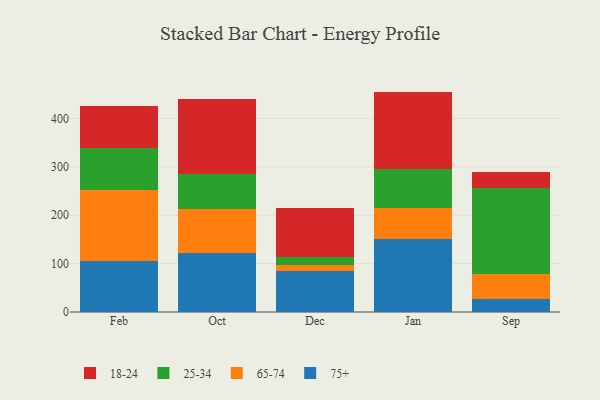
{"axis": {"x": "Month", "y": "Conversion Rate (%)"}, "legend": ["18-24", "25-34", "65-74", "75+"], "data": [{"x": "Feb", "y": 105.8, "type": "75+"}, {"x": "Feb", "y": 147.0, "type": "65-74"}, {"x": "Feb", "y": 85.3, "type": "25-34"}, {"x": "Feb", "y": 88.5, "type": "18-24"}, {"x": "Oct", "y": 121.4, "type": "75+"}, {"x": "Oct", "y": 90.7, "type": "65-74"}, {"x": "Oct", "y": 72.4, "type": "25-34"}, {"x": "Oct", "y": 155.0, "type": "18-24"}, {"x": "Dec", "y": 84.5, "type": "75+"}, {"x": "Dec", "y": 12.1, "type": "65-74"}, {"x": "Dec", "y": 16.8, "type": "25-34"}, {"x": "Dec", "y": 101.6, "type": "18-24"}, {"x": "Jan", "y": 150.5, "type": "75+"}, {"x": "Jan", "y": 64.5, "type": "65-74"}, {"x": "Jan", "y": 80.0, "type": "25-34"}, {"x": "Jan", "y": 160.7, "type": "18-24"}, {"x": "Sep", "y": 26.5, "type": "75+"}, {"x": "Sep", "y": 52.1, "type": "65-74"}, {"x": "Sep", "y": 178.2, "type": "25-34"}, {"x": "Sep", "y": 32.8, "type": "18-24"}]}